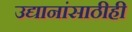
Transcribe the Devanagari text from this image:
उद्यानांसाठीही